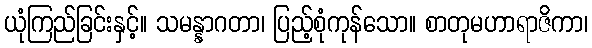
ယုံကြည်ခြင်းနှင့်။ သမန္နာဂတာ၊ ပြည့်စုံကုန်သော။ စာတုမဟာရာဇိကာ၊